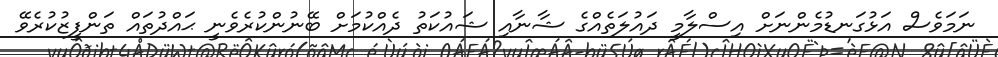
ނަމަވެސް އަޅުގަނޑުމެންނަށް އިސްލާމީ ދައުލަތެއްގެ ޝާނާއި ޝައުކަތު ދެއްކުމަށް ބޭނުންކުރެވެނީ ޙައްދުތައް ތަންފީޒުކުރެވޭ